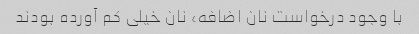
با وجود درخواست نان اضافه، نان خیلی کم آورده بودند